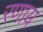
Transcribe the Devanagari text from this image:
रणाय